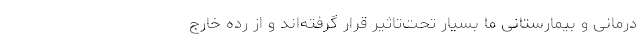
درمانی و بیمارستانی ما بسیار تحت‌تاثیر قرار گرفته‌اند و از رده خارج